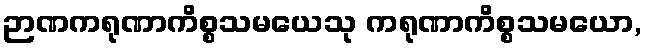
ဉာဏကရုဏာကိစ္စသမယေသု ကရုဏာကိစ္စသမယော,